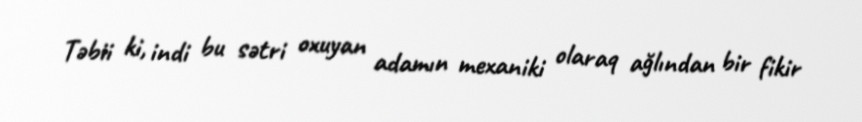
Təbii ki, indi bu sətri oxuyan adamın mexaniki olaraq ağlından bir fikir